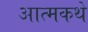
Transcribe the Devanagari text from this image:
आत्मकथे